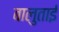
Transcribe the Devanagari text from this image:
बालुताई